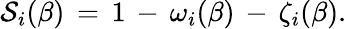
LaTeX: \mathcal{S}_{i}(\beta)\, =\, 1\, -\, \omega_{i}(\beta)\, -\, \zeta_{i}(\beta).